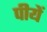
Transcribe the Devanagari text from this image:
पीयें